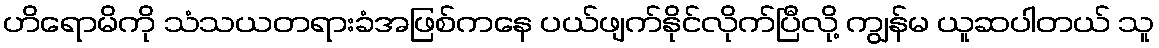
ဟိရောမိကို သံသယတရားခံအဖြစ်ကနေ ပယ်ဖျက်နိုင်လိုက်ပြီလို့ ကျွန်မ ယူဆပါတယ် သူ